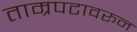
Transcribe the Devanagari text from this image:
ताम्रपटावरून